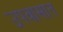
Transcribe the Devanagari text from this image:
उपवासात